Lunatic asylums Bombay report 1891-1903 - 1891-1903
Year: 1891
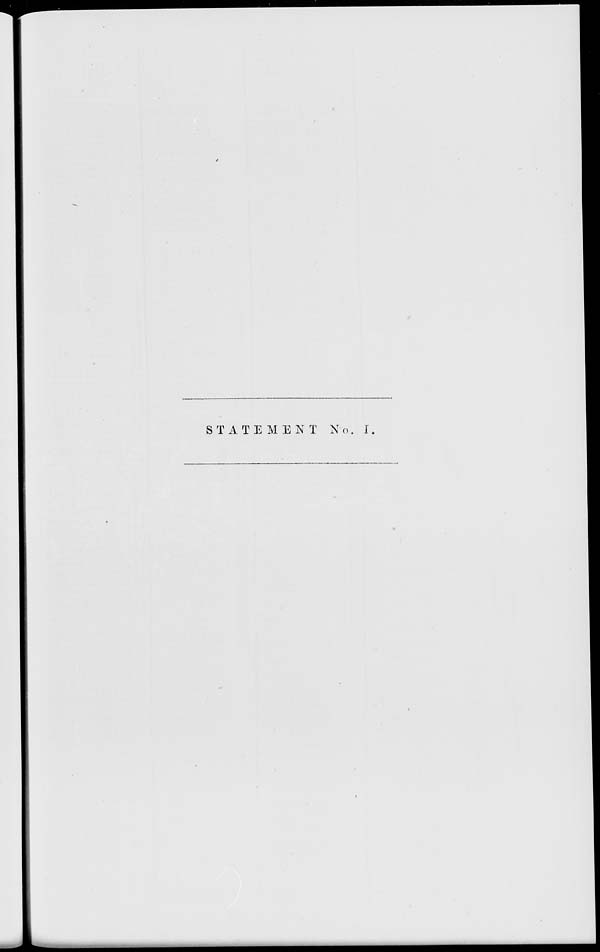
STATEMENT No. I.